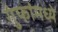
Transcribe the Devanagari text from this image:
गुंफांमध्ये